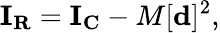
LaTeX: \mathbf{I}_{\mathbf{R}}=\mathbf{I}_{\mathbf{C}}-M[\mathbf{d}]^{2},